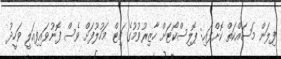
ފިލަން މަސައްކަތް ކޮށްފައި: ޕޮލިސްކޯޓަށް ހާޒިރުވުމުގެ ޗިޓް މަހުލޫފަށް ވެސް ފޮނުވައިފިއަލީ ވަހީދު